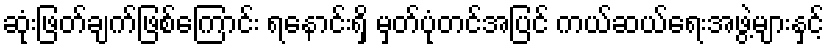
ဆုံးဖြတ်ချက်ဖြစ်ကြောင်း ရနောင်းရှိ မှတ်ပုံတင်အပြင် ကယ်ဆယ်ရေးအဖွဲ့များနှင့်